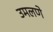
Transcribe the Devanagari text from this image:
उमलणे